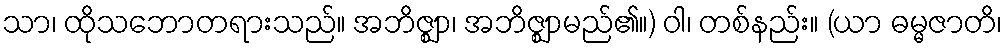
သာ၊ ထိုသဘောတရားသည်။ အဘိဇ္ဈာ၊ အဘိဇ္ဈာမည်၏။) ဝါ၊ တစ်နည်း။ (ယာ ဓမ္မဇာတိ၊